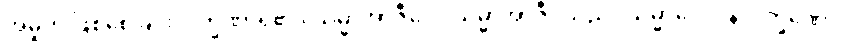
အမှုကို ဖြစ်စေခြင်းလက္ခဏာရှိ၏။ သမ္မာအာဇီဝေါ၊ သမ္မာအာဇီဝသည်။ သမ္မာဝေါဒါနလက္ခဏော၊